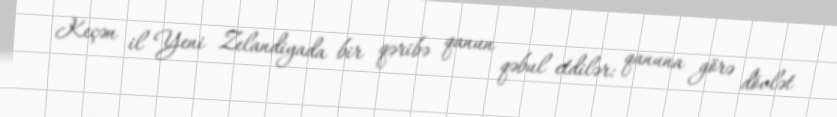
Keçən il Yeni Zelandiyada bir qəribə qanun qəbul etdilər: qanuna görə dövlət